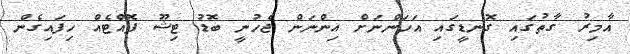
އާމިރު ގާތުގައި ގޮނޑީގައި އަހަންނަށް އިންނަން ޖެހުނީ ބޮޑު ޓިޝޫ ފޮއްޓެއް ހިފައިގެން